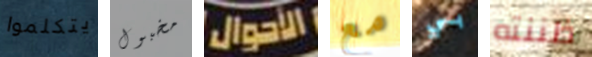
يتكلموا مخبول الأحوال مع بي ظننته